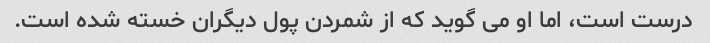
درست است، اما او می گوید که از شمردن پول دیگران خسته شده است.